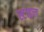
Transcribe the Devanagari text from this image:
स्‍टाइल